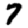
Digit: 7